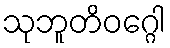
သုဘူတိဝဂ္ဂေါ